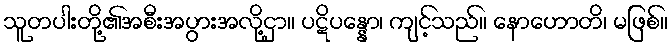
သူတပါးတို့၏အစီးအပွားအလို့ငှာ။ ပဋိပန္နော၊ ကျင့်သည်။ နောဟောတိ၊ မဖြစ်။